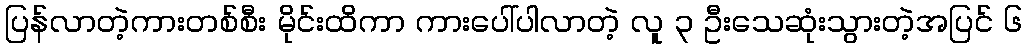
ပြန်လာတဲ့ကားတစ်စီး မိုင်းထိကာ ကားပေါ်ပါလာတဲ့ လူ ၃ ဦးသေဆုံးသွားတဲ့အပြင် ၆